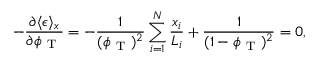
- \frac { \partial \langle \epsilon \rangle _ { x } } { \partial \phi _ { \mathrm { ~ T ~ } } } = - \frac { 1 } { ( \phi _ { \mathrm { ~ T ~ } } ) ^ { 2 } } \sum _ { i = 1 } ^ { N } \frac { x _ { i } } { L _ { i } } + \frac { 1 } { ( 1 - \phi _ { \mathrm { ~ T ~ } } ) ^ { 2 } } = 0 ,